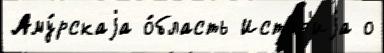
Аму́рскаjа о́бласть Исто́р'иjа о